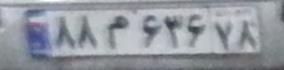
۸۸م۶۴۶۷۸